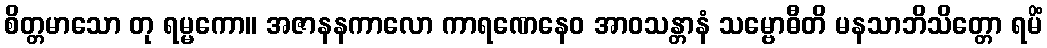
စိတ္တမာသော တု ရမ္မကော။ အဇာနနကာလော ကာရဏေနေဝ အာဝသန္တာနံ သမ္ဗောဓီတိ မနသာဘိသိတ္တော ရမိံ